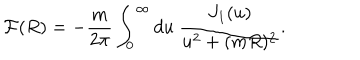
LaTeX: { \cal F } ( R ) = - \frac { m } { 2 \pi } \int _ { 0 } ^ { \infty } d u \ \frac { J _ { 1 } ( u ) } { u ^ { 2 } + ( m R ) ^ { 2 } } .